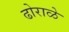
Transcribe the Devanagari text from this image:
ढोराळे